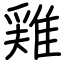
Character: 𨿸